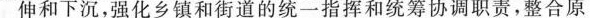
延伸和下沉，强化乡镇和街道的统一指挥和统筹协调职责，整合原